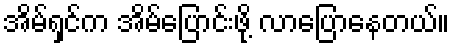
အိမ်ရှင်က အိမ်ပြောင်းဖို့ လာပြောနေတယ်။